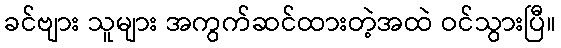
ခင်ဗျား သူများ အကွက်ဆင်ထားတဲ့အထဲ ဝင်သွားပြီ။